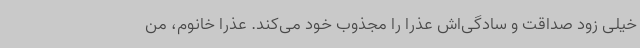
خیلی زود صداقت و سادگی‌اش عذرا را مجذوب خود می‌کند. عذرا خانوم، من